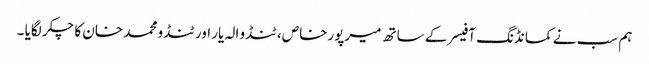
ہم سب نے کمانڈنگ آفیسر کے ساتھ میرپورخاص ، ٹنڈو الہ یار اور ٹنڈو محمد خان کا چکر لگایا ۔